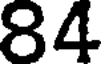
84